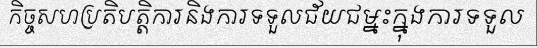
កិច្ចសហប្រតិបត្តិការនិងការទទួលជ័យជម្នះក្នុងការទទួល